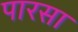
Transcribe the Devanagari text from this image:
पारसा